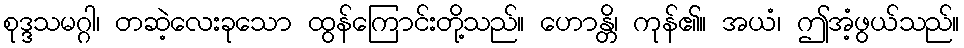
စုဒ္ဒသမဂ္ဂါ၊ တဆဲ့လေးခုသော ထွန်ကြောင်းတို့သည်။ ဟောန္တိ၊ ကုန်၏။ အယံ၊ ဤအံ့ဖွယ်သည်။